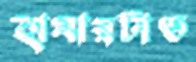
হামারটাত